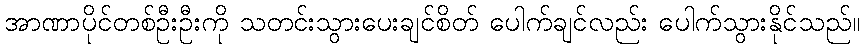
အာဏာပိုင်တစ်ဦးဦးကို သတင်းသွားပေးချင်စိတ် ပေါက်ချင်လည်း ပေါက်သွားနိုင်သည်။